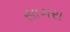
સાગરા